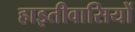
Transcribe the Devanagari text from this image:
हाइतीवासियों